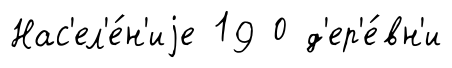
Нас'ел'е́н'иjе 19 0 д'ер'е́вн'и